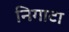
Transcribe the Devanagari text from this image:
निगाटा